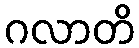
ဂလာတိ